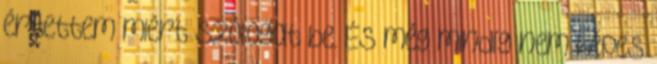
értettem miért szólogat be. És még mindíg nem képes